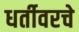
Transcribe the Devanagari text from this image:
धर्तीवरचे